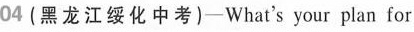
04(黑龙江绥化中考)-What's your plan for